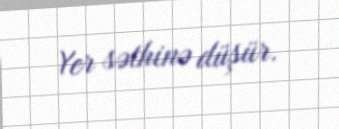
Yer səthinə düşür.